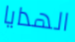
الهدايا